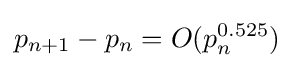
p_{n+1}-p_{n}=O(p_{n}^{0.525})